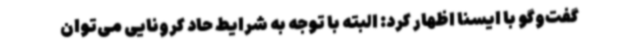
گفت‌وگو با ایسنا اظهار کرد: البته با توجه به شرایط حاد کرونایی می‌توان